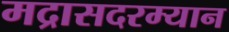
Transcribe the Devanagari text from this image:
मद्रासदरम्यान